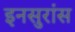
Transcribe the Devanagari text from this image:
इनसुरांस